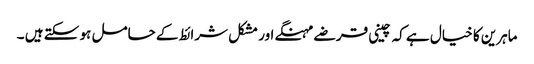
ماہرین کا خیال ہے کہ چینی قرضے مہنگے اور مشکل شرائط کے حامل ہو سکتے ہیں ۔